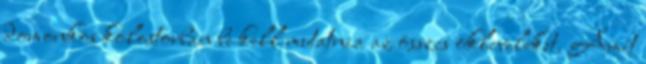
domonkos kolostorban be kell mutatnia az összes okleveleket. Amit